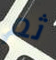
ثم